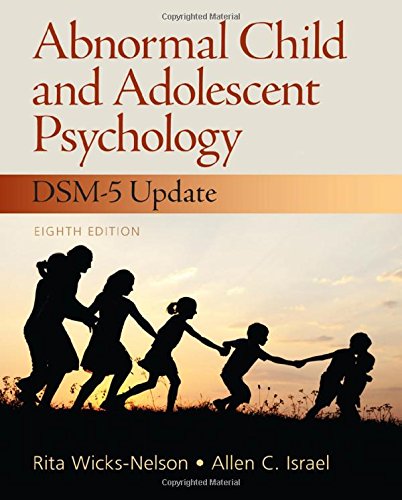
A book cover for Abnormal Child and Adolescent Psychology with DSM-V Updates; Rita Wicks-Nelson; Medical Books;